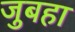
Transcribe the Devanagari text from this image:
जुबहा